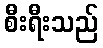
စီးရီးသည်